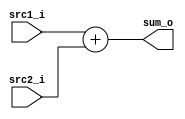
// 109550182

module Adder (src1_i, src2_i, sum_o);
     
//I/O ports
input  [32-1:0]  src1_i;
input  [32-1:0]	 src2_i;
output wire  [32-1:0]  sum_o;

//Main function
assign sum_o = src1_i + src2_i;

endmodule